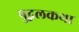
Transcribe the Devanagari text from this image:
पुद्गलकथा